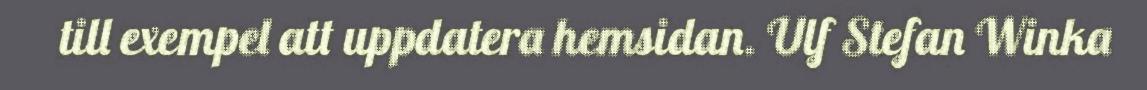
till exempel att uppdatera hemsidan. Ulf Stefan Winka